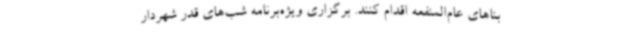
بناهای عام‌المنفعه اقدام کنند. برگزاری ویژه‌برنامه شب‌های قدر شهردار